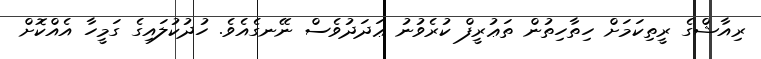
ރިއާޝްގެ ރީތިކަމަށް ހިތާހިތުން ތަޢުރީފް ކުރެވުނު ޢަދަދުވެސް ނޭނގެއެވެ. ހުދުކުލައިގެ ގަމީހާ އެއްކޮށް